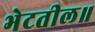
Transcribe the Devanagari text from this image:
भेटतील॥